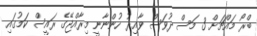
ބްރޯ މައްޗަށް 3 މަސް ދުވަސް ވާއިރު ހުންނާނީ މިރާއްޖޭގެ ރައީސް ކަމުގައި